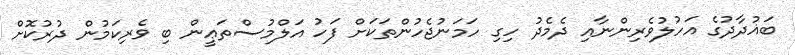
ބަޣުދާދުގެ އަހުލުވެރިންނާއި ދެމެދު ހިގި ހަމަނުޖެހުންތަކަށް ފަހު އަލްމުސްތަޢީން ބި ވެރިކަމުން ދުރުކޮށް